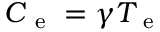
C _ { \mathrm { ~ e ~ } } = \gamma T _ { \mathrm { ~ e ~ } }